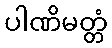
ပါဏိမတ္တံ